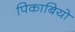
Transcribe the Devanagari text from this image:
पिकाबियो